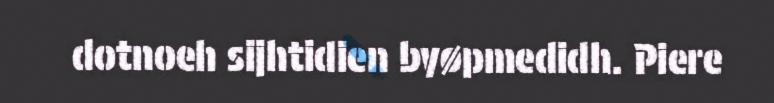
dotnoeh sijhtidien byøpmedidh. Piere